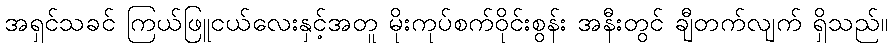
အရှင်သခင် ကြယ်ဖြူငယ်လေးနှင့်အတူ မိုးကုပ်စက်ဝိုင်းစွန်း အနီးတွင် ချီတက်လျက် ရှိသည်။